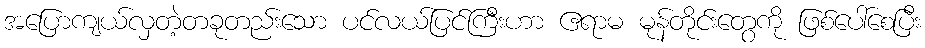
အပြောကျယ်လှတဲ့တခုတည်းသော ပင်လယ်ပြင်ကြီးဟာ ဧရာမ မုန်တိုင်းတွေကို ဖြစ်ပေါ်စေပြီး